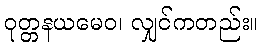
ဝုတ္တနယမေဝ၊ လျှင်ကတည်း။